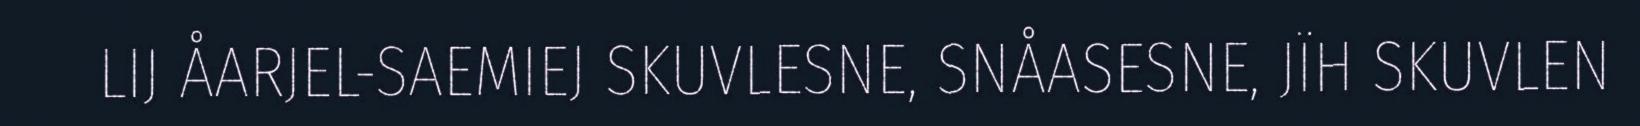
LIJ ÅARJEL-SAEMIEJ SKUVLESNE, SNÅASESNE, JÏH SKUVLEN